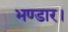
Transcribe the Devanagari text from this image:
भण्डार।